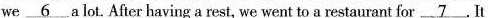
we \underline{6} a lot. After having a rest, we went to a restaurant for \underline{7}. It